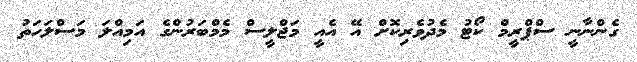
ގެންނާނީ ސްޕްރީމް ކޯޓު މެދުވެރިކޮށް އޭ އެއީ މަޖްލީސް މެމްބަރުންގެ އަމިއްލަ މަސްލަހަތު